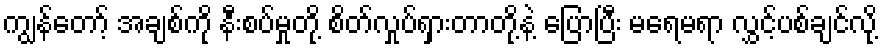
ကျွန်တော့် အချစ်ကို နီးစပ်မှုတို့ စိတ်လှုပ်ရှားတာတို့နဲ့ ပြောပြီး မရေမရာ လွှင့်ပစ်ချင်လို့